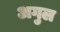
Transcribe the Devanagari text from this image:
अगुल